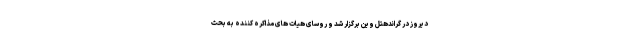
دیروز در گراندهتل وین برگزار شد و روسای هیات های مذاکره کننده به بحث